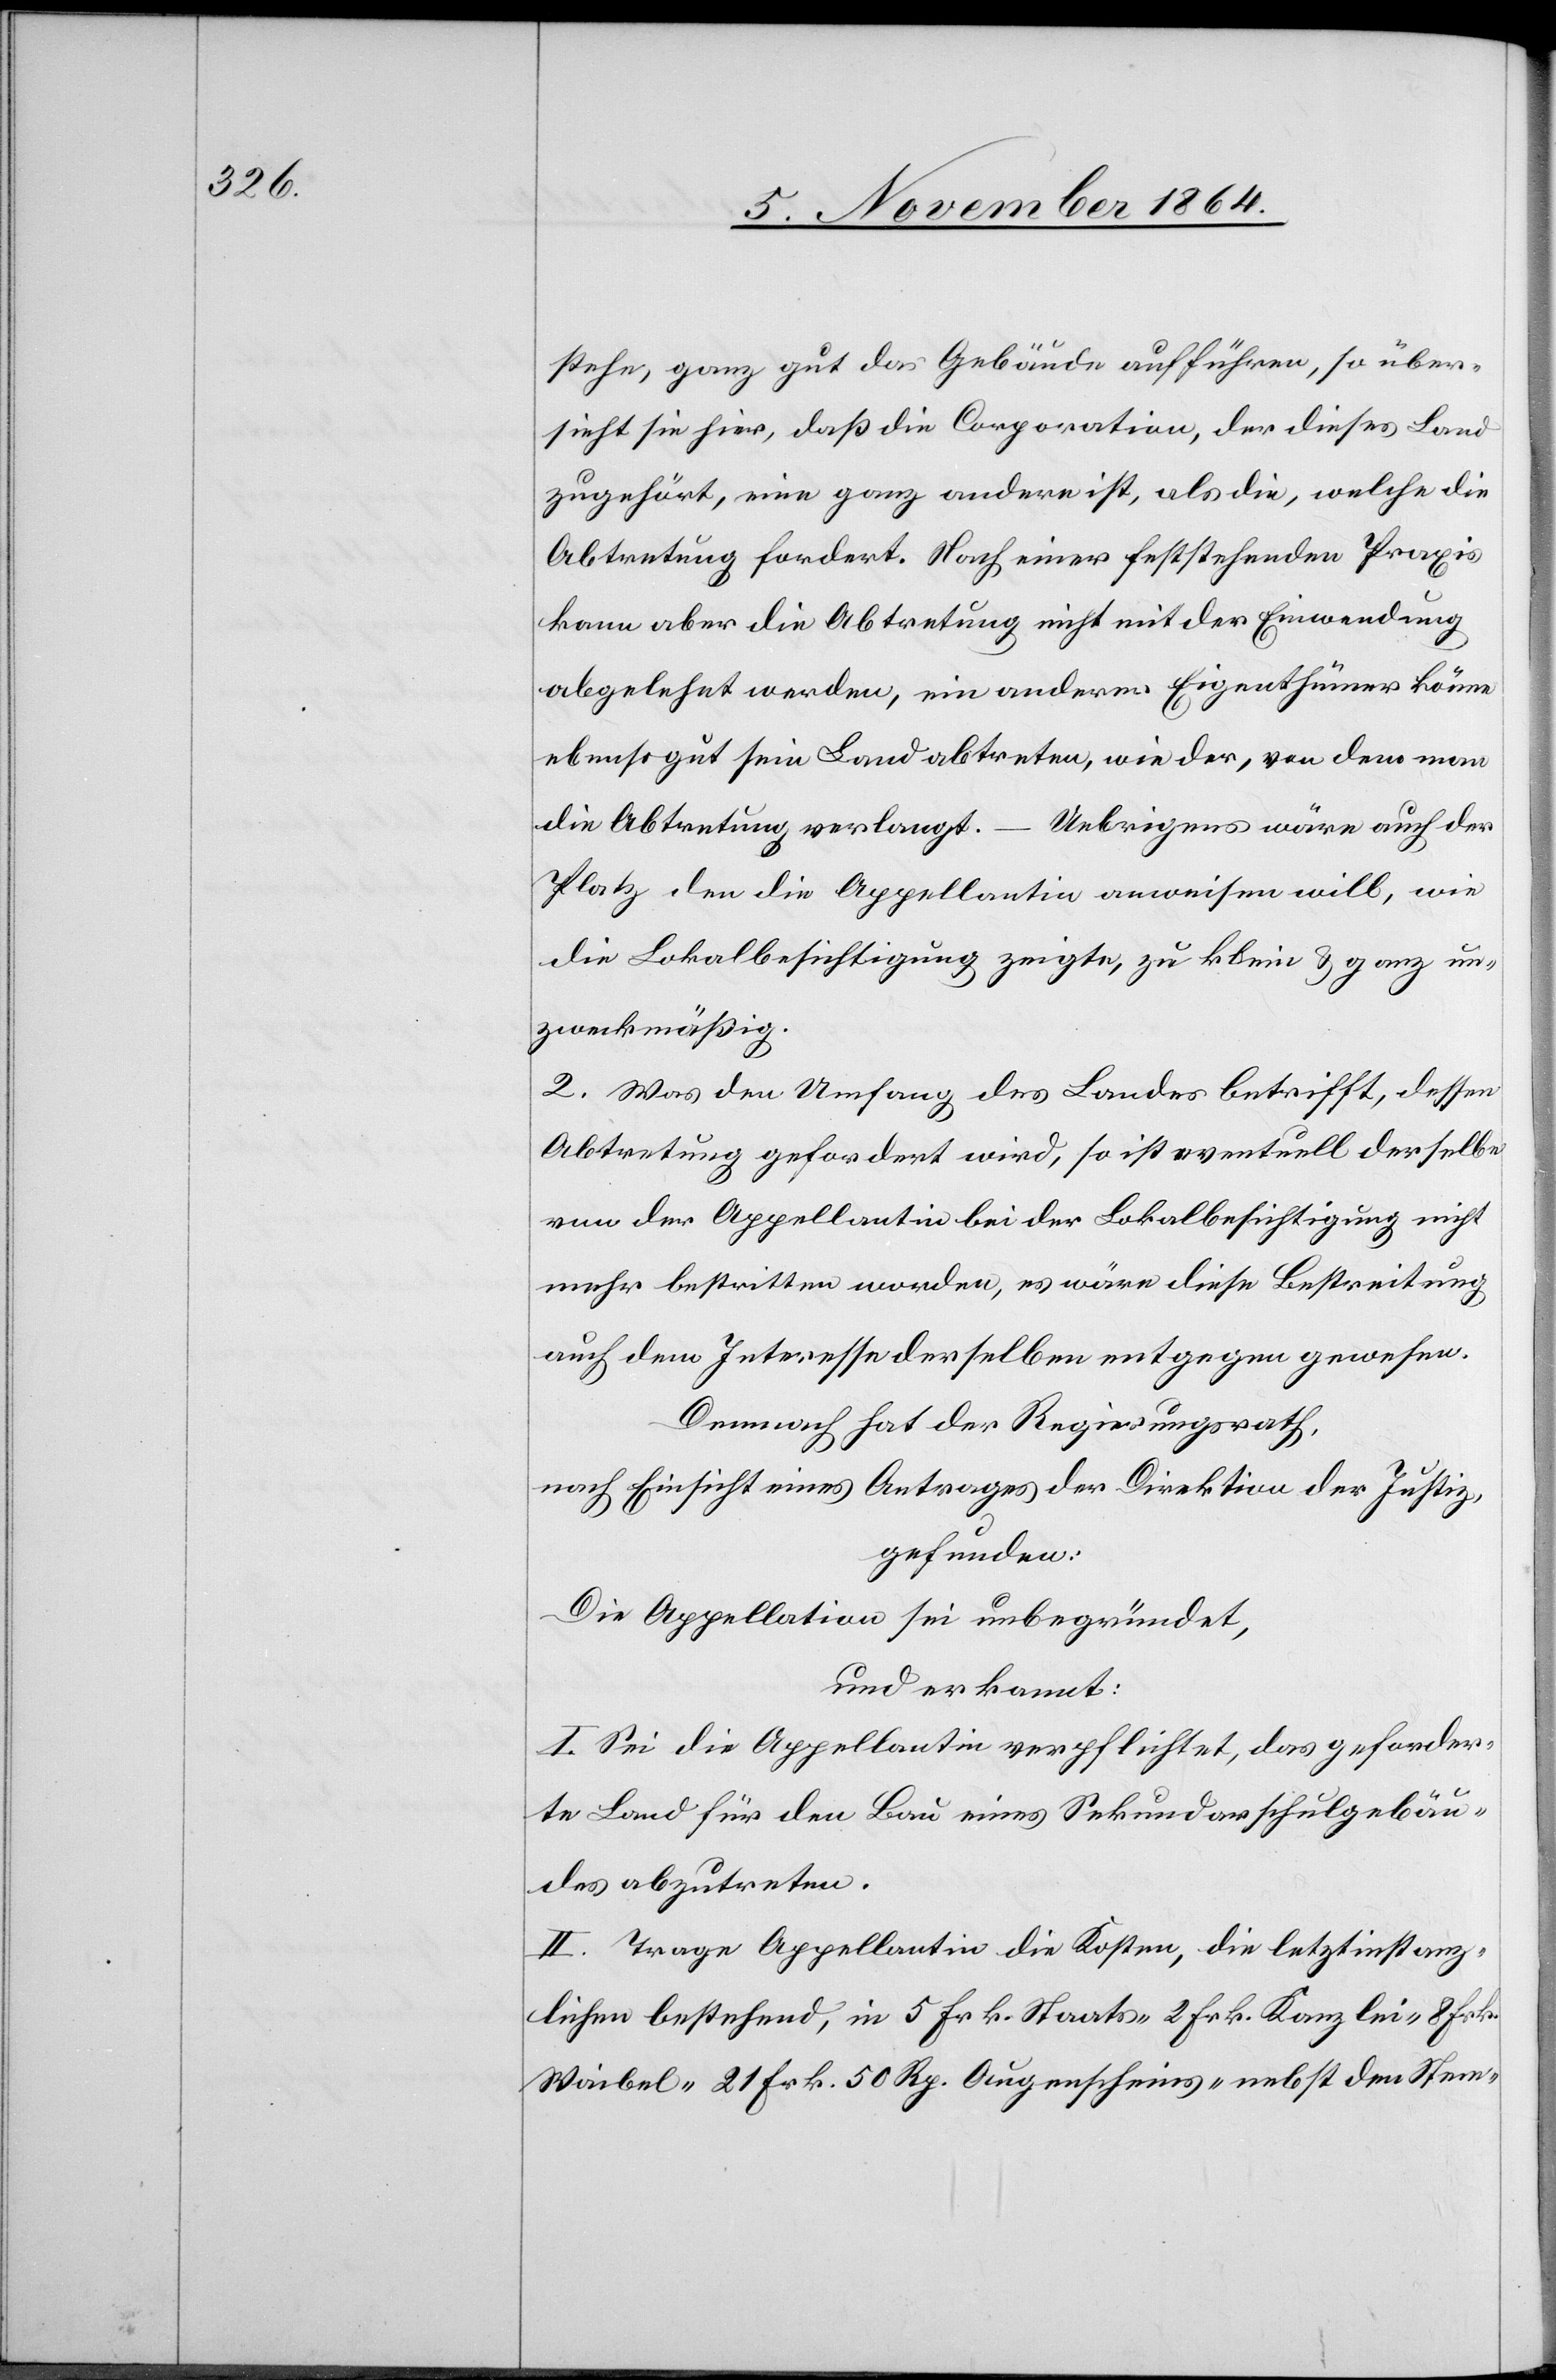
stehe, ganz gut das Gebäude aufführen, so über¬
sieht sie hier, daß die Corporation, der dieses Land
zugehört, eine ganz andere ist, als die, welche die
Abtretung fordert. Nach einer feststehenden Praxis
kann aber die Abtretung nicht mit der Einwendung
abgelehnt werden, ein anderer Eigenthümer könne
ebenso gut sein Land abtreten, wie der, von dem man
die Abtretung verlangt.
Uebrigens wäre auch der
Platz den die Appellantin anweisen will, wie
die Lokalbesichtigung zeigte, zu klein & ganz un¬
zweckmäßig.
Was den Umfang des Landes betrifft, dessen
Abtretung gefordert wird, so ist eventuell derselbe
von der Appellantin bei der Lokalbesichtigung nicht
mehr bestritten worden, es wäre diese Bestreitung
auch dem Interesse derselben entgegen gewesen.
Demnach hat der Regierungsrath,
nach Einsicht eines Antrages der Direktion der Justiz,
gefunden:
Die Appellation sei unbegründet,
und erkannt:
I. Sei die Appellantin verpflichtet, das geforder¬
te Land für den Bau eines Sekundarschulgebäu¬
des abzutreten.
II. Trage Appellantin die Kosten, die letztinstanz¬
lichen bestehend, in 5 Frk. Staats- 2 Frk. Kanzlei- 8 Frk.
Waibel- 21 Frk. 50 Rp. Augenscheins- nebst den Stem-